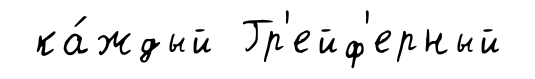
ка́ждый Гр'ейф'ерный